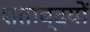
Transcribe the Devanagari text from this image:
शताब्दयों